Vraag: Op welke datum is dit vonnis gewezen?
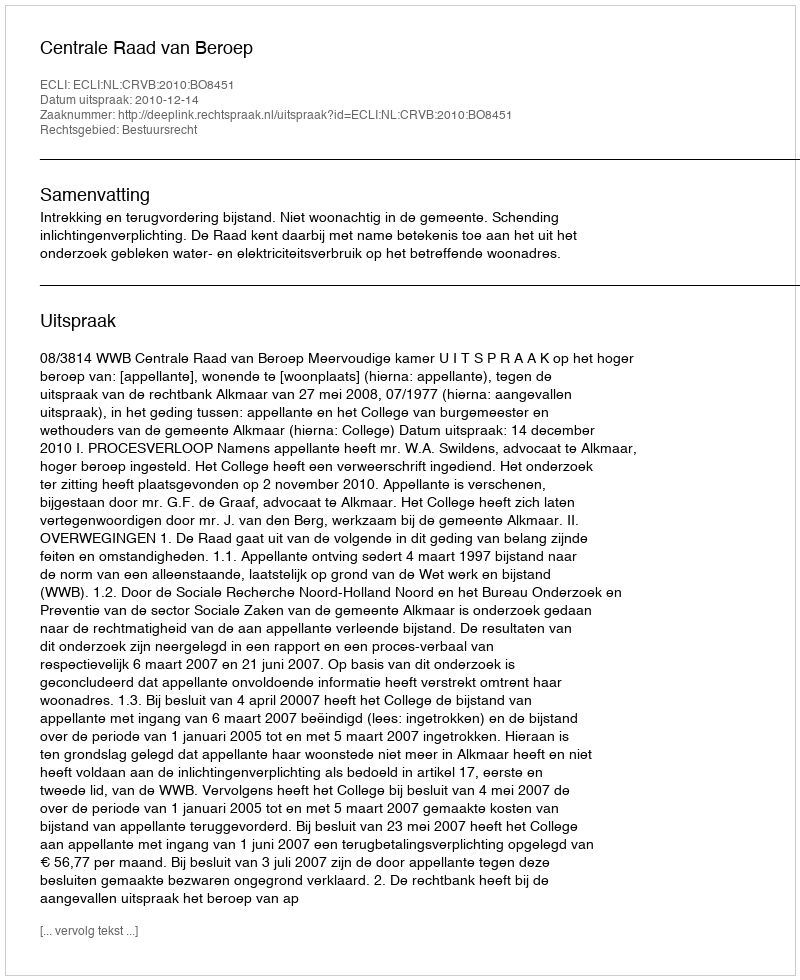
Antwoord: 2010-12-14